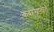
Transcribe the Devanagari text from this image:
कंबरेखालील